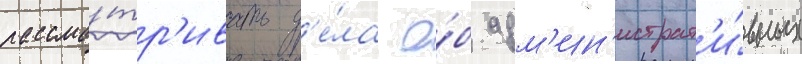
рассма́тр'ивать д'е́ла о́б адм'ин'истрат'и́вных